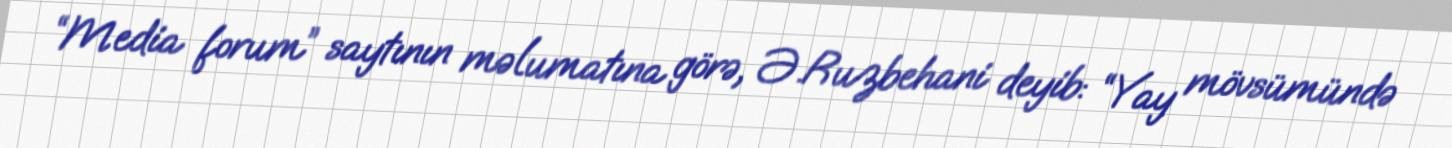
“Media forum” saytının məlumatına görə, Ə.Ruzbehani deyib: “Yay mövsümündə